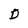
Character: D